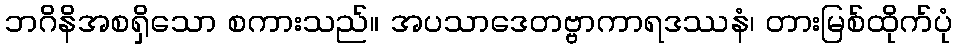
ဘဂိနိအစရှိသော စကားသည်။ အပသာဒေတဗ္ဗာကာရဒဿနံ၊ တားမြစ်ထိုက်ပုံ